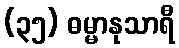
(၃၅) ဓမ္မာနုသာရီ